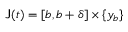
\mathsf { J } ( t ) = [ b , b + \delta ] \times \{ y _ { b } \}